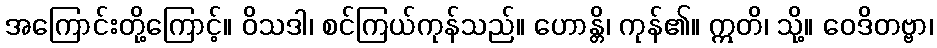
အကြောင်းတို့ကြောင့်။ ဝိသဒါ၊ စင်ကြယ်ကုန်သည်။ ဟောန္တိ၊ ကုန်၏။ ဣတိ၊ သို့။ ဝေဒိတဗ္ဗာ၊